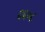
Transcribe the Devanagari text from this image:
६६०८